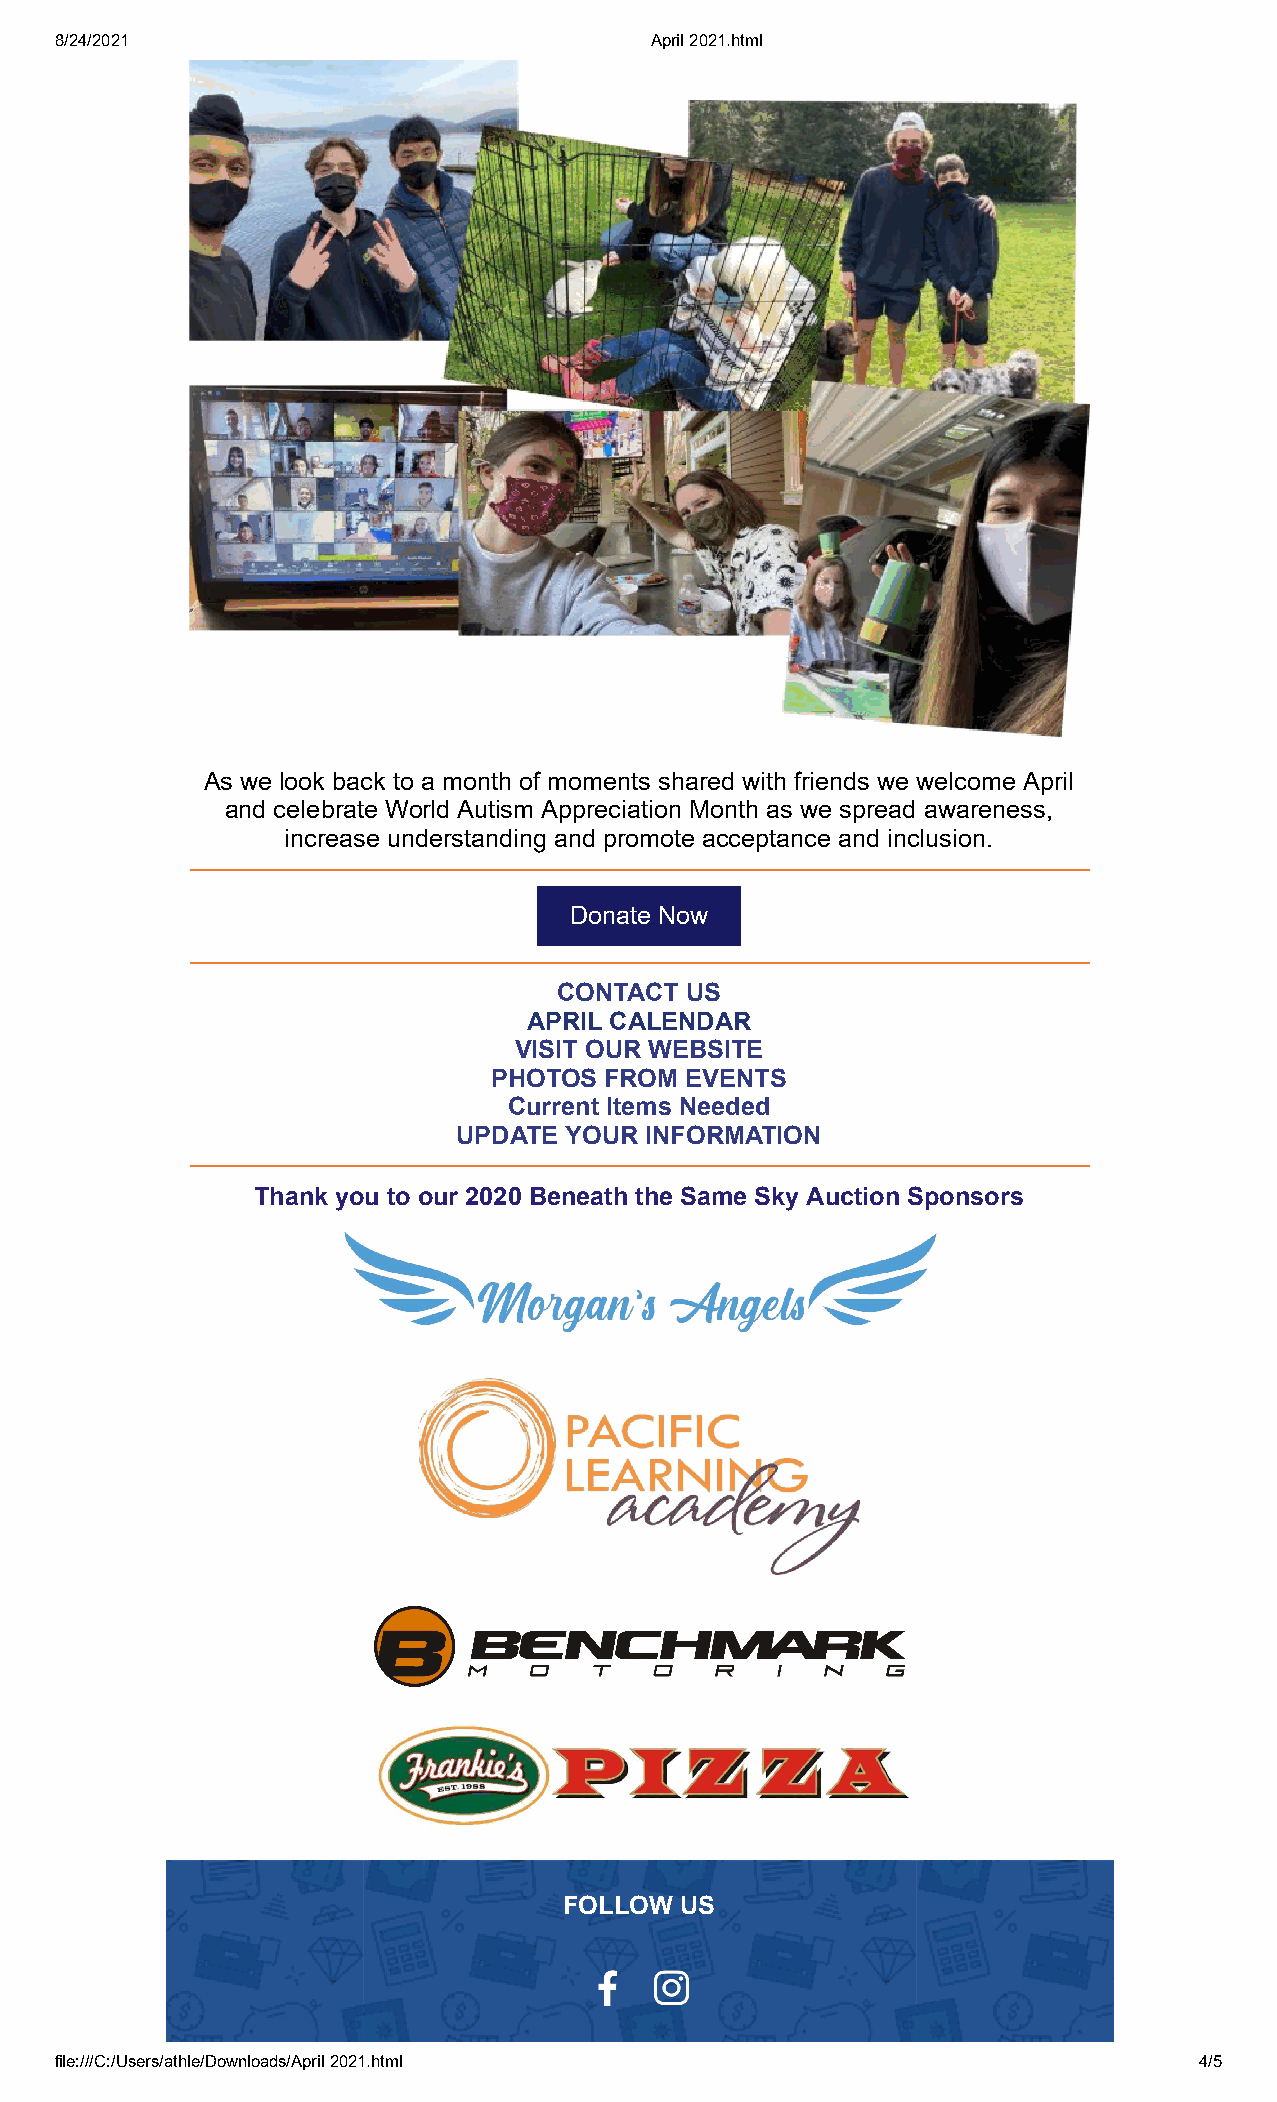
8/24/2021                              April 2021.html
 As we look back to a month of moments shared with friends we welcome April
 and celebrate World Autism Appreciation Month as we spread awareness,
 increase understanding and promote acceptance and inclusion.
 Donate Now
 CONTACT US
 APRIL CALENDAR
 VISIT OUR WEBSITE
 PHOTOS FROM EVENTS
 Current Items Needed
 UPDATE YOUR  INFORMATION
 Thank you to our 2020 Beneath the Same Sky Auction Sponsors
 FOLLOW  US
 file:///C:/Users/athle/Downloads/April 2021.html                           4/5